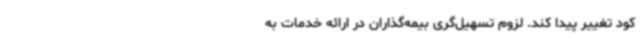
کود تغییر پیدا کند. لزوم تسهیل‌گری بیمه‌گذاران در ارائه خدمات به